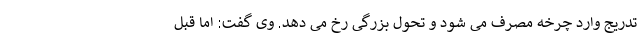
تدریج وارد چرخه مصرف می شود و تحول بزرگی رخ می دهد. وی گفت: اما قبل